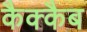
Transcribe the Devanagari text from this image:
कैक्कैब